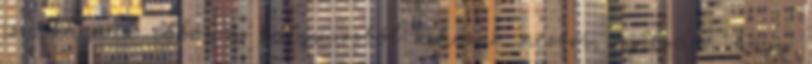
is akarnak ebből a katyvaszból kihozni. nézem, nyilván ".hogy